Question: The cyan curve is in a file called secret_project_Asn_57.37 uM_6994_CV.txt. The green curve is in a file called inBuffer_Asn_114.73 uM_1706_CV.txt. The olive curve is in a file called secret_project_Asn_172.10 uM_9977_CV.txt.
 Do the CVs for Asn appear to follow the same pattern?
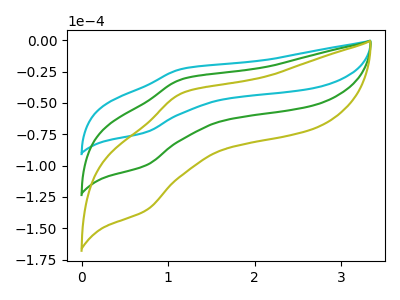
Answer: <think>The cyan curve "Asn 57.37 uM" has an anodic peak at (1.15V, -22.70uA) and a cathodic peak at (0.75V, -73.50uA). The green curve "Asn 114.73 uM" has an anodic peak at (1.15V, -30.90uA) and a cathodic peak at (0.75V, -100.00uA). The olive curve "Asn 172.10 uM" has an anodic peak at (1.15V, -61.80uA) and a cathodic peak at (0.75V, -199.95uA).
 All the peaks in "Asn 57.37 uM" have a peak in "Asn 114.73 uM" at the same potential. All the peaks in "Asn 57.37 uM" have a peak in "Asn 172.10 uM" at the same potential. All the peaks in "Asn 114.73 uM" have a peak in "Asn 172.10 uM" at the same potential.</think>
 <answer>All the CV's of "Asn" have similar shape.</answer>
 <eval>follow_rule</eval>